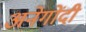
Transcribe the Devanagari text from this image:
अनेगोंदी